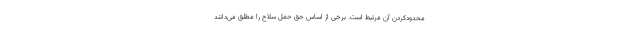
محدودکردن آن مرتبط است. برخی از اساس حق حمل سلاح را مطلق می‌دانند